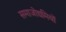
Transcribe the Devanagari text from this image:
समाजोद्यमियों